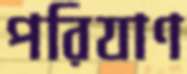
পরিযাণ